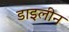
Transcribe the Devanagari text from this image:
डाइलीन